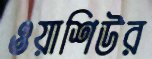
ওয়াশিউর